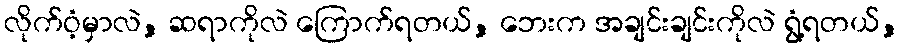
လိုက်ဝံ့မှာလဲ, ဆရာကိုလဲ ကြောက်ရတယ်, ဘေးက အချင်းချင်းကိုလဲ ရွံ့ရတယ်,